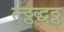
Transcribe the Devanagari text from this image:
त्त्ठ्ठद्धठ्ठ